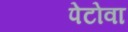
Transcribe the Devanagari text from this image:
पेटोवा